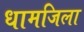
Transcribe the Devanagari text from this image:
धामजिला